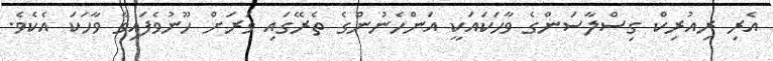
އެރި ރިއުރިކް ގިސްލާސަންގެ ވާހަކައަކީ އަންހެނުންގެ ތެރޭގައި ވަރަށް ހޫނުވެފައިވާ ވާހަކަ އެކެވެ.